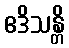
ဧဒိသန္တိ